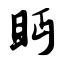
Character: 眄